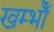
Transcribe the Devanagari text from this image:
खम्भोँ